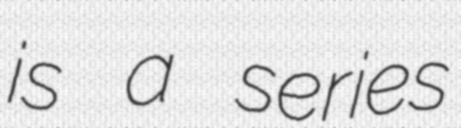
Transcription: is a series